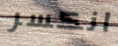
انكسر